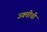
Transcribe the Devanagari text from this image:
उक्तीची